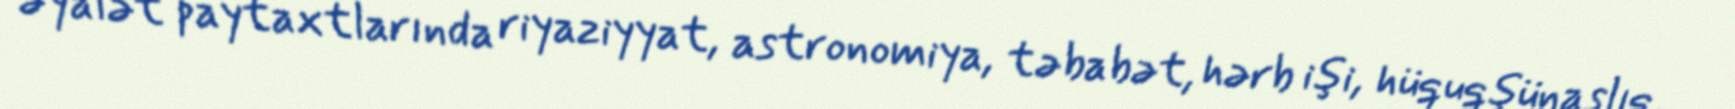
əyalət paytaxtlarında riyaziyyat, astronomiya, təbabət, hərb işi, hüquqşünaslıq,